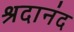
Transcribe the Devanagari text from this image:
श्रदानंद